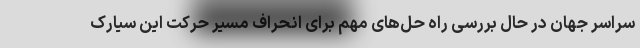
سراسر جهان در حال بررسی راه حل‌های مهم برای انحراف مسیر حرکت این سیارک